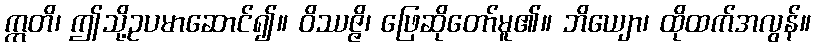
ဣတိ၊ ဤသို့ဥပမာဆောင်၍။ ဝိဿဇ္ဇိ၊ ဖြေဆိုတော်မူ၏။ ဘိယျော၊ ထိုထက်အလွန်။